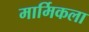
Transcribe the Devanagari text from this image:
मार्मिकला